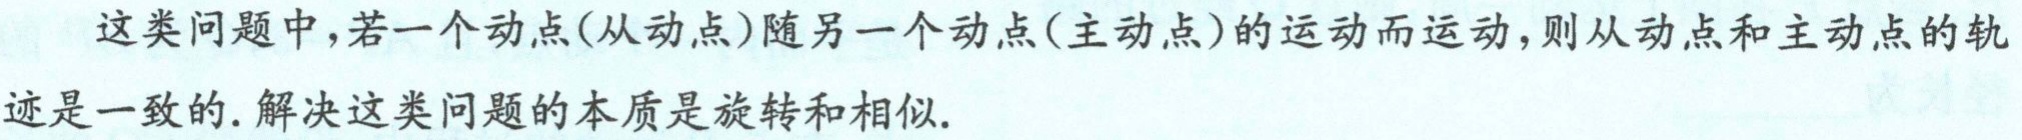
这类问题中，若一个动点(从动点)随另一个动点(主动点)的运动而运动，则从动点和主动点的轨迹是一致的. 解决这类问题的本质是旋转和相似.